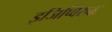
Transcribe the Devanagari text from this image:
इजिप्विरुद्ध